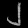
Digit: ၂